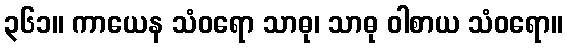
၃၆၁။ ကာယေန သံဝရော သာဓု၊ သာဓု ဝါစာယ သံဝရော။